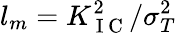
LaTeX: l_{m}=K_{\mathrm{~I~C~}}^{2}/\sigma_{T}^{2}